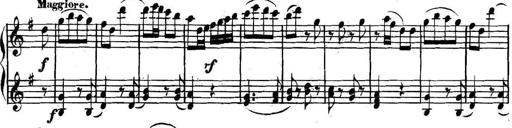
Title: Collected Piano Sonatas
Composer: Muzio Clementi